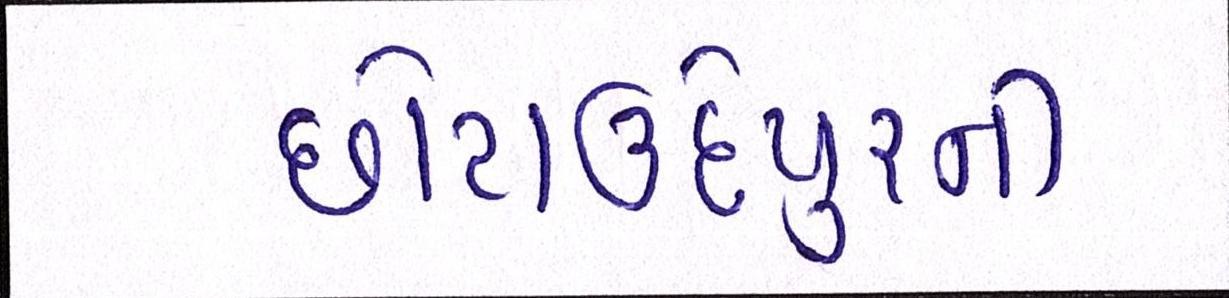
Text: છોટાઉદેપુરની